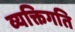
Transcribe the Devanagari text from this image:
व्यक्तिगति